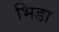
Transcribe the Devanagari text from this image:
भिडा